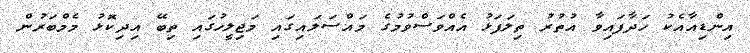
އިންޑިއާއެކު ހަދާފައިވާ އުތުރު ތިލަފަޅު އެއްވަސްވުމުގެ މައްސަލައިގައި މަޖިލީހުގައި ތިބޭ އިދިކޮޅު މެމްބަރުން